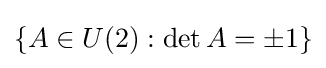
\{A\in U(2):\det A=\pm 1\}